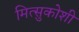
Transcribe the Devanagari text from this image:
मित्सुकोशी